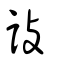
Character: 詜